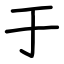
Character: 于